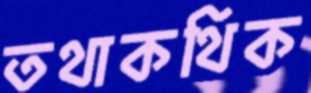
তথাকথিক